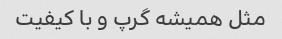
مثل همیشه گرپ و با کیفیت